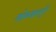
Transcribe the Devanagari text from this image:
योग्यताएँ।